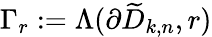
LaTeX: \Gamma_{r}:=\Lambda(\partial{\widetilde{D}_{k,n}},r)